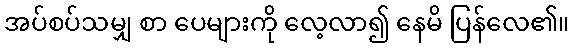
အပ်စပ်သမျှ စာ ပေများကို လေ့လာ၍ နေမိ ပြန်လေ၏။